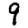
Digit: 9